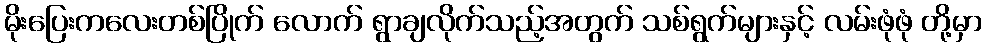
မိုးပြေးကလေးတစ်ပြိုက် လောက် ရွာချလိုက်သည့်အတွက် သစ်ရွက်များနှင့် လမ်းဖုံဖုံ တို့မှာ